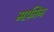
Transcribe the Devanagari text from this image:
मफ़ीन